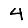
Digit: 4